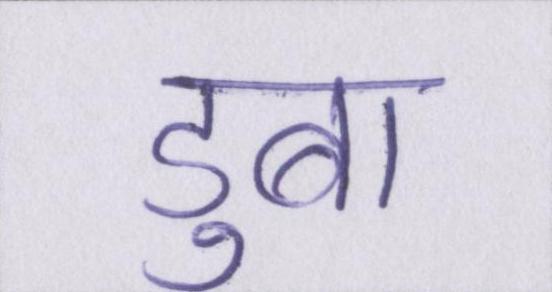
डुबा